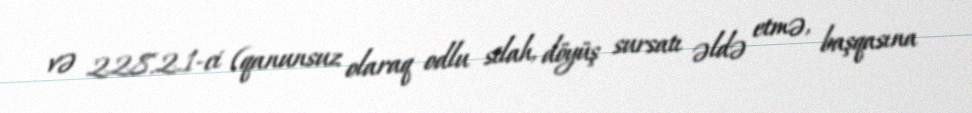
və 228.2.1-ci (qanunsuz olaraq odlu silah, döyüş sursatı əldə etmə, başqasına